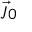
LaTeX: { \vec { \jmath } } _ { 0 }